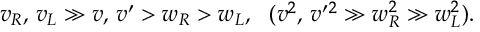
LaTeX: v _ { R } , \, v _ { L } \gg v , \, v ^ { \prime } > w _ { R } > w _ { L } , \ \ ( v ^ { 2 } , \, v ^ { \prime } { } ^ { 2 } \gg w _ { R } ^ { 2 } \gg w _ { L } ^ { 2 } ) .